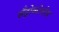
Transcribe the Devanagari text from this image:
सँड्रोकोत्तोस